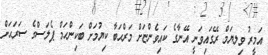
އަމީރު ވިލޔަމް ރޭގައިވަނީ އޭނާގެ ކައިވެންޏަށް މަރްޙަބާ ކިޔުމަށް ބަކިންހަމް ޕެލަސްގެ ސަރަޙަށް